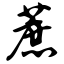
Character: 蔗